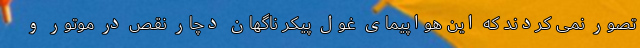
تصور نمی کردند که این هواپیمای غول پیکر ناگهان دچار نقص در موتور و